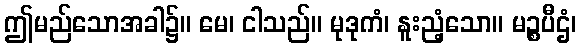
ဤမည်သောအခါ၌။ မေ၊ ငါသည်။ မုဒုကံ၊ နူးညံ့သော။ မဉ္စပီဌံ၊